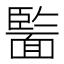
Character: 𩈵